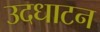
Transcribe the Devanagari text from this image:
उदधाटन